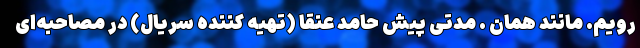
‌رویم. مانند همان . مدتی پیش حامد عنقا (تهیه کننده سریال) در مصاحبه‌ای